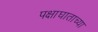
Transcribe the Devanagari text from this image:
पक्षाघाताच्या